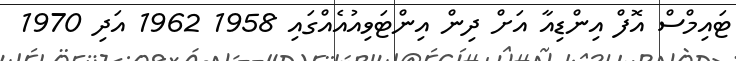
ޓައިމްސް އޮފް އިންޑިއާ އަށް ދިން އިންޓަވިއުއެއްގައި 1958 1962 އަދި 1970